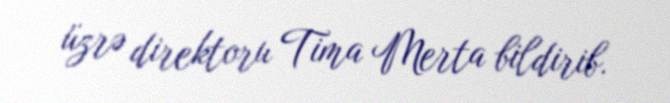
üzrə direktoru Tima Merta bildirib.